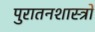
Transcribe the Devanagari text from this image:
पुरातनशास्त्रों